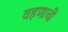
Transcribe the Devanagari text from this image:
वहणाची